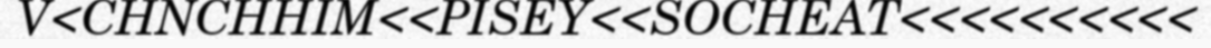
V<CHNCHHIM<<PISEY<<SOCHEAT<<<<<<<<<<